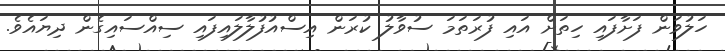
ހަލުވަން ފަށާފައި ހިތަށް އައި ފުރަތަމަ ސުވާލު ކުރަން އިސްއުފުލާލައިފައި ސިއްސައިގެން ދިޔައެވެ.